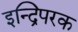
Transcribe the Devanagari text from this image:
इन्द्रिपरक